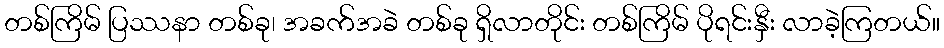
တစ်ကြိမ် ပြဿနာ တစ်ခု၊ အခက်အခဲ တစ်ခု ရှိလာတိုင်း တစ်ကြိမ် ပိုရင်းနှီး လာခဲ့ကြတယ်။